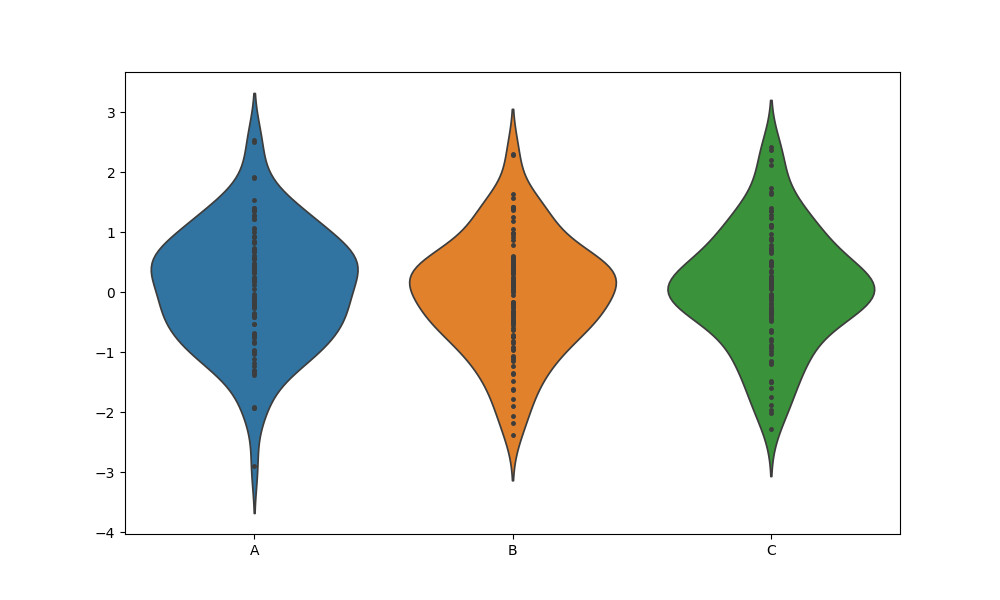
python, seaborn, violinplot, scale='count', split='False', inner='point', fill='True'